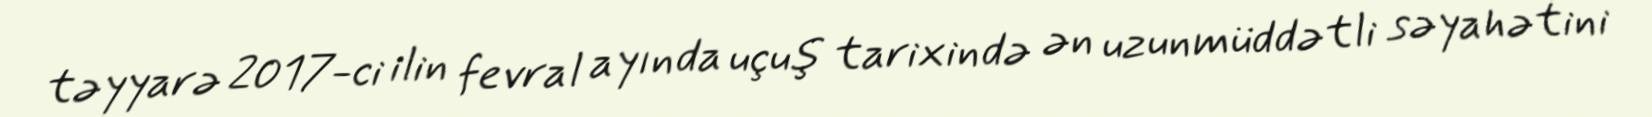
təyyarə 2017-ci ilin fevral ayında uçuş tarixində ən uzunmüddətli səyahətini